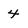
Character: 4